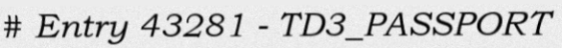
# Entry 43281 - TD3_PASSPORT